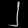
Digit: ၂